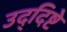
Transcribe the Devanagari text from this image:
उद्‌दिष्टे